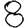
Digit: 8